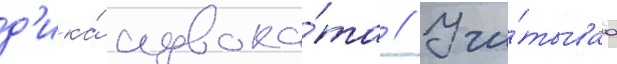
д'ика́ адвока́та // Учи́тываа